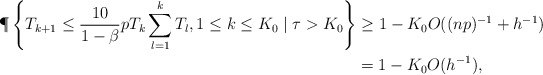
\begin{align*} {\P} \left\{T_{k+1} \leq \frac{10}{1-\beta} p T_k \sum_{l=1}^{k}T_l, 1\leq k \leq K_0 \mid \tau > K_0 \right\}& \geq 1-K_0 O( (np)^{-1}+h^{-1} )\\&=1-K_0 O( h^{-1} ),\end{align*}